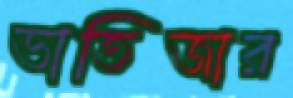
ভাতিজার